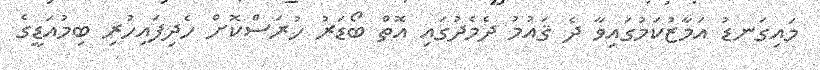
މައިގަނޑު އަމާޒުކަމުގައިވާ ދެ ޤައުމު ދެމެދުގައި އޮތް ބޯޑަރު ހުރަސްކޮށް ހެދިފައިހުރި ބިމުއަޑީގެ